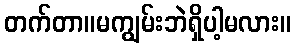
တက်တာ။မကျွမ်းဘဲရှိပါ့မလား။